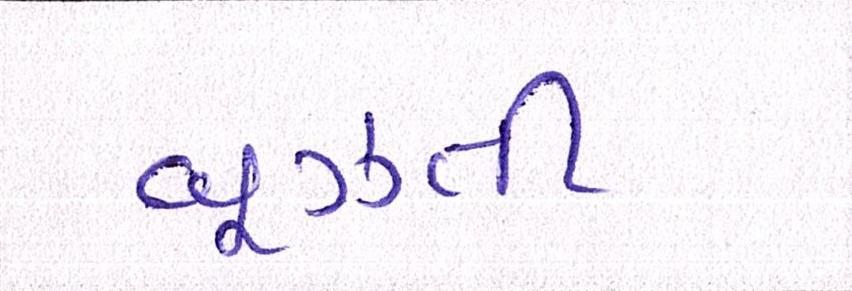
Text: બૂઝતી